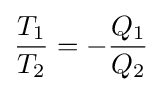
{\frac {T_{1}}{T_{2}}}=-{\frac {Q_{1}}{Q_{2}}}